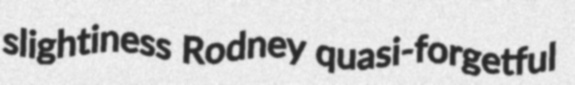
slightiness Rodney quasi-forgetful